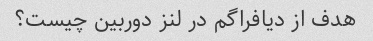
هدف از دیافراگم در لنز دوربین چیست؟